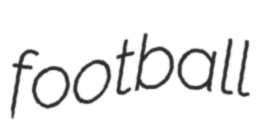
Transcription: football